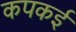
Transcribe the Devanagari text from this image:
कपकई